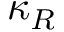
\kappa _ { R }